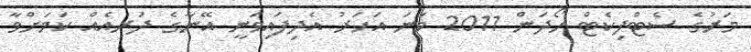
މަރުގެ ސެޓްފިކެޓް ހޯދަން 2011 ވަނަ އަހަރު އެދިފައިވަނީ އޭނާގެ ދަރިއެއް ކަމަށްވާ